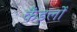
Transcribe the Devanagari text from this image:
कैंडलों